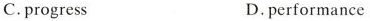
C.progress D.performance